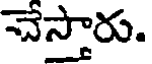
చేస్తారు.